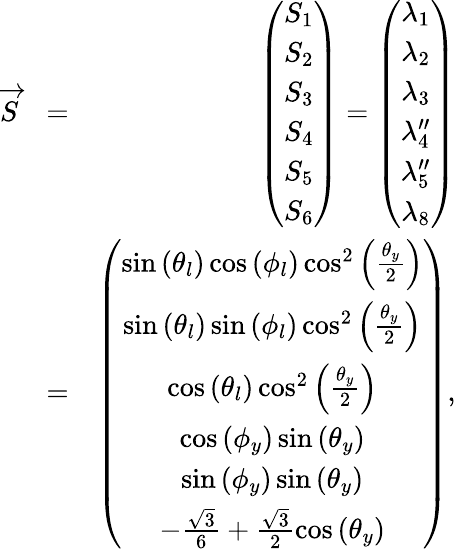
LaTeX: \begin{array}{rlr}{\overrightarrow{S}}&{=}&{\left(\begin{array}{c}{S_{1}}\\ {S_{2}}\\ {S_{3}}\\ {S_{4}}\\ {S_{5}}\\ {S_{6}}\end{array}\right)=\left(\begin{array}{c}{\lambda_{1}}\\ {\lambda_{2}}\\ {\lambda_{3}}\\ {\lambda_{4}^{\prime\prime}}\\ {\lambda_{5}^{\prime\prime}}\\ {\lambda_{8}}\end{array}\right)}\\ &{=}&{\left(\begin{array}{c}{\sin\left(\theta_{l}\right)\cos\left(\phi_{l}\right)\cos^{2}\left(\frac{\theta_{y}}{2}\right)}\\ {\sin\left(\theta_{l}\right)\sin\left(\phi_{l}\right)\cos^{2}\left(\frac{\theta_{y}}{2}\right)}\\ {\cos\left(\theta_{l}\right)\cos^{2}\left(\frac{\theta_{y}}{2}\right)}\\ {\cos\left(\phi_{y}\right)\sin\left(\theta_{y}\right)}\\ {\sin\left(\phi_{y}\right)\sin\left(\theta_{y}\right)}\\ {-\frac{\sqrt{3}}{6}+\frac{\sqrt{3}}{2}\cos\left(\theta_{y}\right)}\end{array}\right),}\end{array}